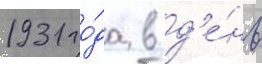
1931 го́да в д'е́нь